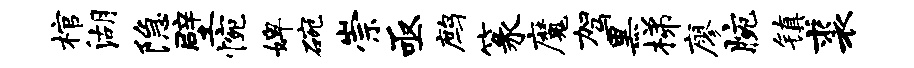
棺湖隐壁惋婢碗崇亟鹧篆魔驾黑梯廖腕镇裘